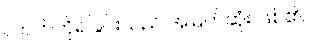
လာဘ်ကိုရခြင်းသည် အမြတ်ဆုံး ဖြစ်၏။